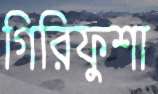
গিরিফুশা